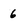
Character: 6